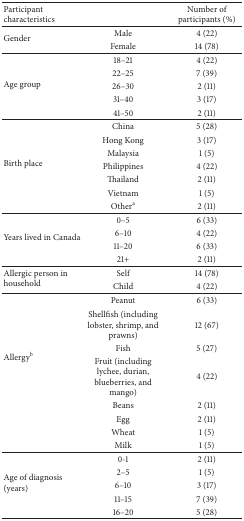
| Participant characteristics |  | Number of participants (%) |
 | --- | --- | --- |
 | <ROWSPAN=2> Gender | Male | 4 (22) |
 | Female | 14 (78) |
 | <ROWSPAN=5> Age group | 18–21 | 4 (22) |
 | 22–25 | 7 (39) |
 | 26–30 | 2 (11) |
 | 31–40 | 3 (17) |
 | 41–50 | 2 (11) |
 | <ROWSPAN=7> Birth place | China | 5 (28) |
 | Hong Kong | 3 (17) |
 | Malaysia | 1 (5) |
 | Philippines | 4 (22) |
 | Thailand | 2 (11) |
 | Vietnam | 1 (5) |
 | Othera | 2 (11) |
 | <ROWSPAN=4> Years lived in Canada | 0–5 | 6 (33) |
 | 6–10 | 4 (22) |
 | 11–20 | 6 (33) |
 | 21+ | 2 (11) |
 | <ROWSPAN=2> Allergic person in household | Self | 14 (78) |
 | Child | 4 (22) |
 | <ROWSPAN=8> Allergyb | Peanut | 6 (33) |
 | Shellfish (including lobster, shrimp, and prawns) | 12 (67) |
 | Fish | 5 (27) |
 | Fruit (including lychee, durian, blueberries, and mango) | 4 (22) |
 | Beans | 2 (11) |
 | Egg | 2 (11) |
 | Wheat | 1 (5) |
 | Milk | 1 (5) |
 | <ROWSPAN=5> Age of diagnosis (years) | 0-1 | 2 (11) |
 | 2–5 | 1 (5) |
 | 6–10 | 3 (17) |
 | 11–15 | 7 (39) |
 | 16–20 | 5 (28) |